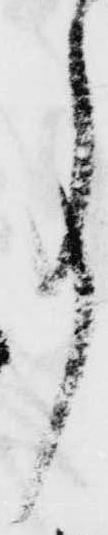
事